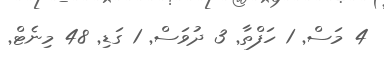
4 މަސް